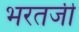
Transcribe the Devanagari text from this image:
भरतजी